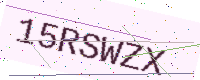
Text: 15RSWZX